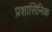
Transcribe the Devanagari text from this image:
प्रशासिनिक